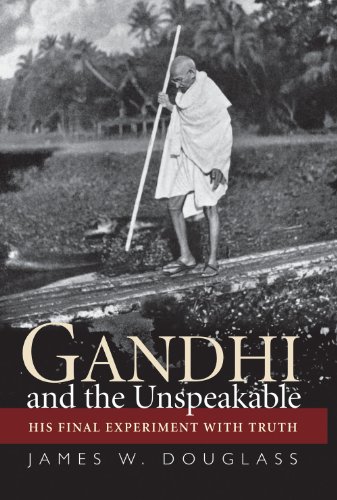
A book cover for Gandhi and the Unspeakable: His Final Experiment with Truth; James W. Douglass; Religion & Spirituality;